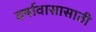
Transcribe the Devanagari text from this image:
वर्षावासासाठी